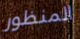
المنظور